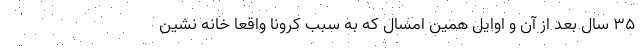
35 سال بعد از آن و اوایل همین امسال که به سبب کرونا واقعا خانه نشین